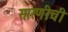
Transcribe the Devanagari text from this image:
सारणीची